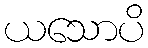
ယသောပိ